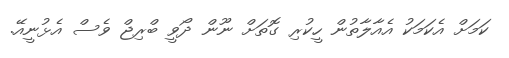
ކަަމަށް އެކަމަކު އެއާލާތުން ހީކުރި ގޮތަށް ނޫން ދޯވީ ބްރިޖް ވެސް އެޅުނީއޭ.